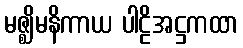
မဇ္ဈိမနိကာယ ပါဠိအဋ္ဌကထာ